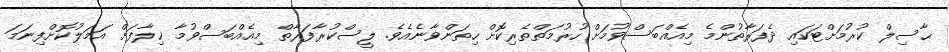
ޙާސިލް ކުރުމަށްޓަކައި ދެފަރާތުންމެ މިއެއްބަސްވުމަށް ހުރުމަތްތެރިކޮށް ހިތަންވާނެއެވެ. ލީސްކުރާފަރާތް މިއެއްބަސްވުމާ ޚިލާފަށް އަމަލުކޮށްފިނަމަ